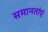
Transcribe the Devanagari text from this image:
समानतांएं